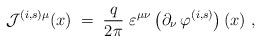
LaTeX: \begin{align*}{\mathcal J}^{(i,s)\mu} (x) \;=\; \frac{q}{2\pi}~\varepsilon^{\mu\nu}\left( \partial_\nu\,\varphi^{(i,s)}\right) (x)~,\end{align*}